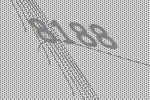
8188